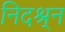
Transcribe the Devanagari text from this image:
निदश्र्न